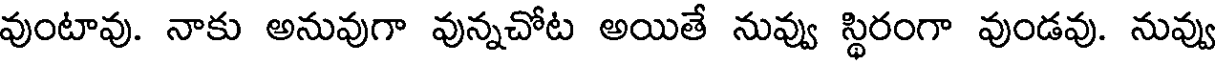
వుంటావు. నాకు అనువుగా వున్నచోట అయితే నువ్వు స్థిరంగా వుండవు. నువ్వు